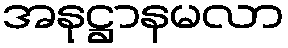
အနုဋ္ဌာနမလာ